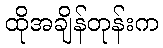
ထိုအချိန်တုန်းက